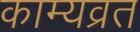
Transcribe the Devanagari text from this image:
काम्यव्रत